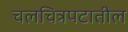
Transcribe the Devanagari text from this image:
चलचित्रपटातील